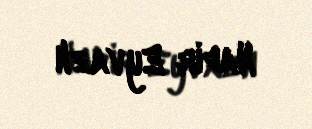
Nadir Eyvazlı